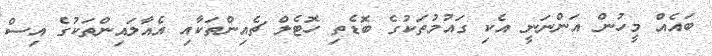
ބައެއް މީހުން އަންނަނީ އެކި ގައުމުތަކުގެ ބޮޑެތި ހޮޓެލް ޗެއިންތަކާއި އެެއާލައިންތަކުގެ އިސް